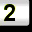
Digit: 2